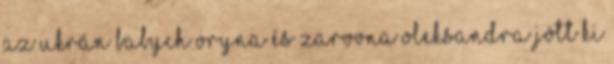
az ukrán Babych Oryna és Zarovna Oleksandra jött ki